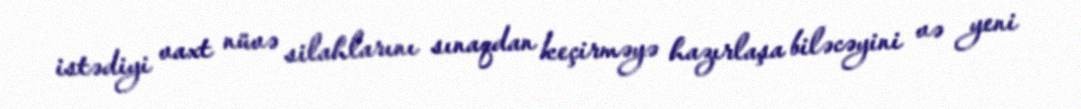
istədiyi vaxt nüvə silahlarını sınaqdan keçirməyə hazırlaşa biləcəyini və yeni